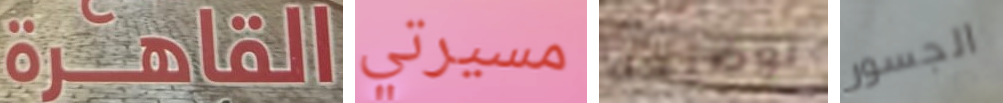
القاهرة مسيرتي توضيحه الجسور